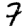
Digit: 7